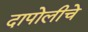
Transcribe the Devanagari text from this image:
दापोलीचे